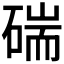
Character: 𥔗